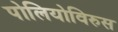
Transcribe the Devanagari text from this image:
पोलियोविरुस